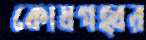
কোষগহ্বর